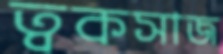
ত্বকসাজ